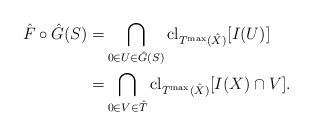
LaTeX: \begin{align*}\hat{F} \circ \hat{G}(S) =& \bigcap_{0 \in U \in \hat{G}(S)}{\rm cl}_{T^{\max}(\hat{X})}[I(U)] \\ =& \bigcap_{0 \in V \in \hat{T}}{\rm cl}_{T^{\max}(\hat{X})}[I(X) \cap V] .\end{align*}